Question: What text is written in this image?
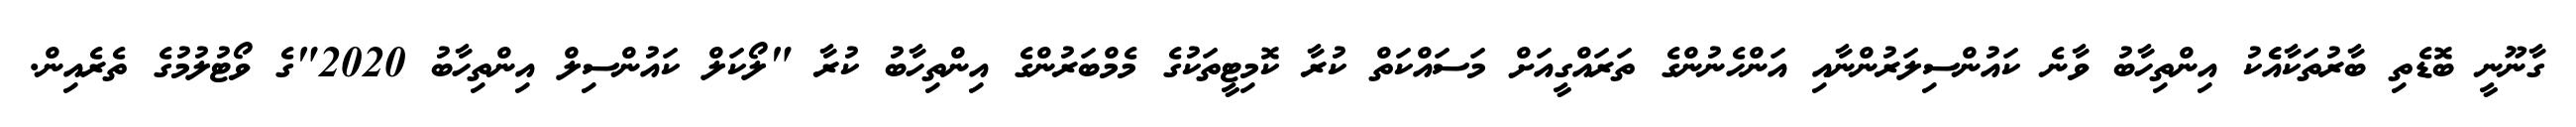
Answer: ގާނޫނީ ބޮޑެތި ބާރުތަކާއެެކު އިންތިހާބު ވާނެ ކައުންސިލަރުންނާއި އަންހެނުންގެ ތަރައްގީއަށް މަސައްކަތް ކުރާ ކޮމިޓީތަކުގެ މެމްބަރުންގެ އިންތިހާބު ކުރާ "ލޯކަލް ކައުންސިލް އިންތިހާބު 2020"ގެ ވޯޓުލުމުގެ ތެރެއިން.